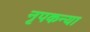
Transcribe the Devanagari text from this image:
नृपकन्या